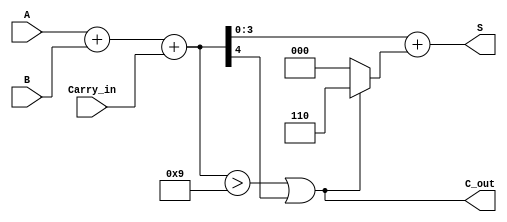
module BCD_Fast_Adder (
    input  [3:0] A,         // First BCD digit
    input  [3:0] B,         // Second BCD digit
    input        Carry_in,   // Optional carry input
    output [3:0] S,         // BCD Sum
    output       C_out       // Carry out
);

    wire [4:0] Sum;            // 5-bit sum (to hold A + B + Carry_in)
    wire Correction;           // Correction needed
    wire [4:0] Corrected_Sum; // Final corrected sum

    // Binary addition
    assign Sum = A + B + Carry_in;

    // Determine if correction is needed (valid BCD range is 0 to 9)
    assign Correction = (Sum > 9) || (Sum[4]);

    // Corrected sum if correction is needed
    assign Corrected_Sum = Sum + (Correction ? 5'd6 : 5'd0);

    // Final BCD output sum (4 bits)
    assign S = Corrected_Sum[3:0];

    // Carry out
    assign C_out = Correction;

endmodule